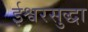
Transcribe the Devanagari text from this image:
ईश्वरसुद्धा